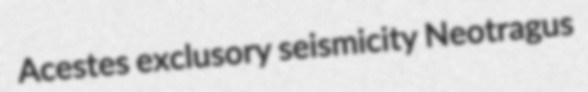
Acestes exclusory seismicity Neotragus